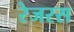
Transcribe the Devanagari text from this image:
रेजरस